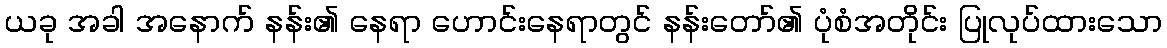
ယခု အခါ အနောက် နန်း၏ နေရာ ဟောင်းနေရာတွင် နန်းတော်၏ ပုံစံအတိုင်း ပြုလုပ်ထားသော